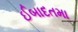
ઈબાદતમા